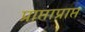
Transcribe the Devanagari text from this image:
प्राप्ताप्राप्त